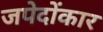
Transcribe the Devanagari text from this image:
जपेदोंकार